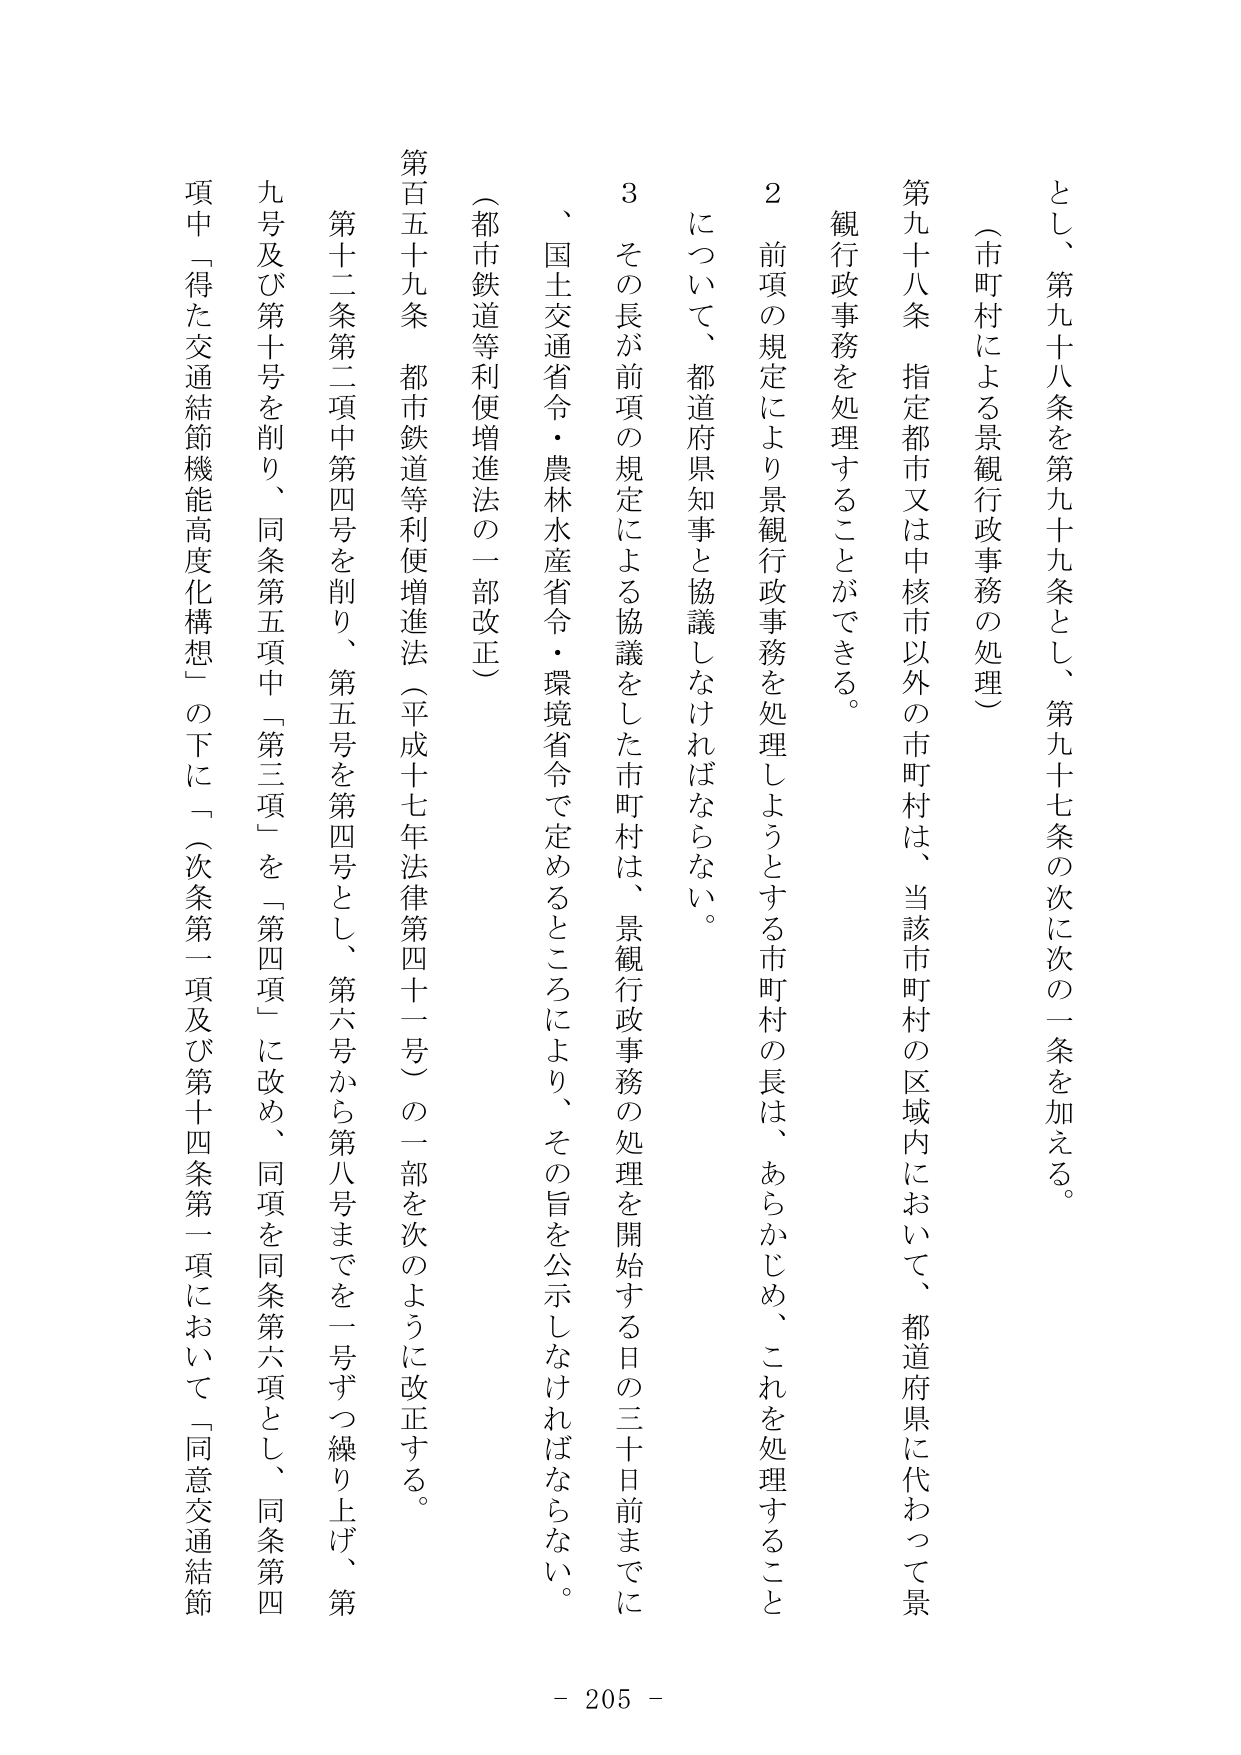
とし、第九十八条を第九十九条とし、第九十七条の次に次の一条を加える。

（市町村による景観行政事務の処理）

第九十八条　指定都市又は中核市以外の市町村は、当該市町村の区域内において、都道府県に代わって景観行政事務を処理することができる。

２　前項の規定により景観行政事務を処理しようとする市町村の長は、あらかじめ、これを処理することについて、都道府県知事と協議しなければならない。

３　その長が前項の規定による協議をした市町村は、景観行政事務の処理を開始する日の三十日前までに、国土交通省令・農林水産省令・環境省令で定めるところにより、その旨を公示しなければならない。

（都市鉄道等利便増進法の一部改正）

第百五十九条　都市鉄道等利便増進法（平成十七年法律第四十一号）の一部を次のように改正する。

第十二条第二項中第四号を削り、第五号を第四号とし、第六号から第八号までを一号ずつ繰り上げ、第九号及び第十号を削り、同条第五項中「第三項」を「第四項」に改め、同項を同条第六項とし、同条第四項中「得た交通結節機能高度化構想」の下に「（次条第一項及び第十四条第一項において「同意交通結節

- 205 -